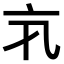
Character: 𠅂